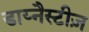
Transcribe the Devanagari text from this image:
डाय्नैस्टीज़